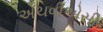
એચવીએસી